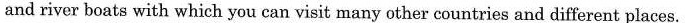
and river boats with which you can visit many other countries and different places.